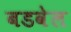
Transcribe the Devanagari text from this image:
बडवेल